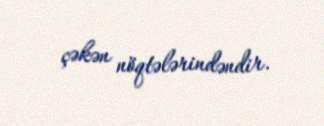
çəkən nöqtələrindəndir.